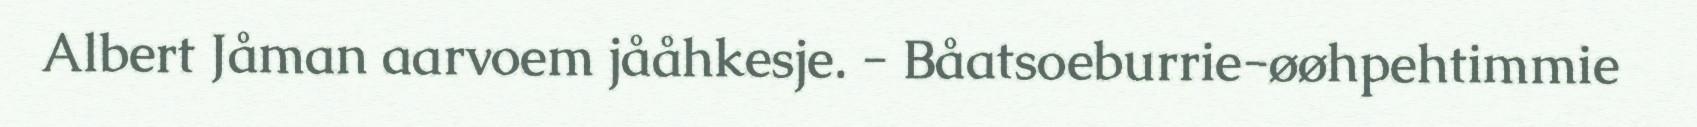
Albert Jåman aarvoem jååhkesje. - Båatsoeburrie-øøhpehtimmie